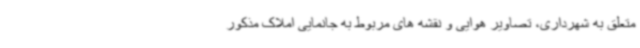
متعلق به شهرداری، تصاویر هوایی و نقشه های مربوط به جانمایی املاک مذکور